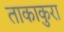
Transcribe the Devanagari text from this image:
ताकाकुरा